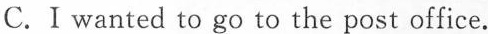
C.I wanted to go to the post office.